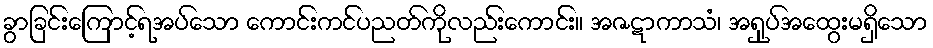
ခွာခြင်းကြောင့်ရအပ်သော ကောင်းကင်ပညတ်ကိုလည်းကောင်း။ အဇဋာကာသံ၊ အရှုပ်အထွေးမရှိသော